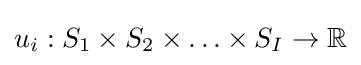
u_{i}:S_{1}\times S_{2}\times \ldots \times S_{I}\rightarrow \mathbb {R}